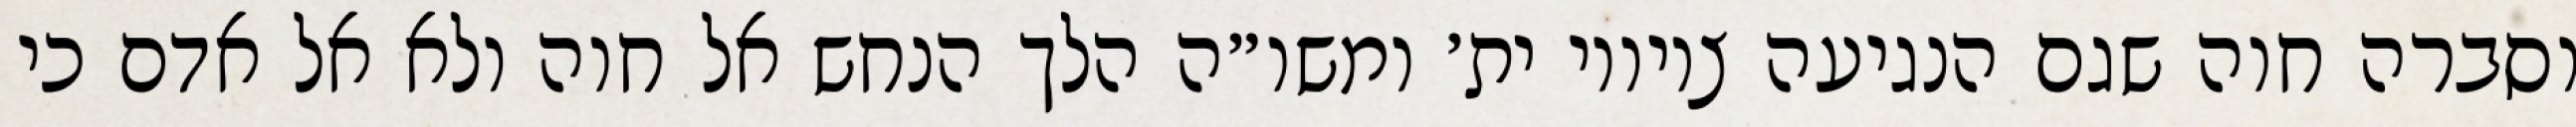
וסברה חוה שגם הנגיעה ציוויו ית׳ ומשו״ה הלך הנחש אל חוה ולא אל אדם כי